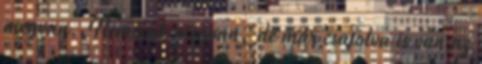
megvan. Nemcsak megvan, de már csatolva is van az